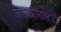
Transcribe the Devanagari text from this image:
जानकीलालजी